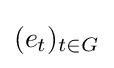
(e_{t})_{t\in G}